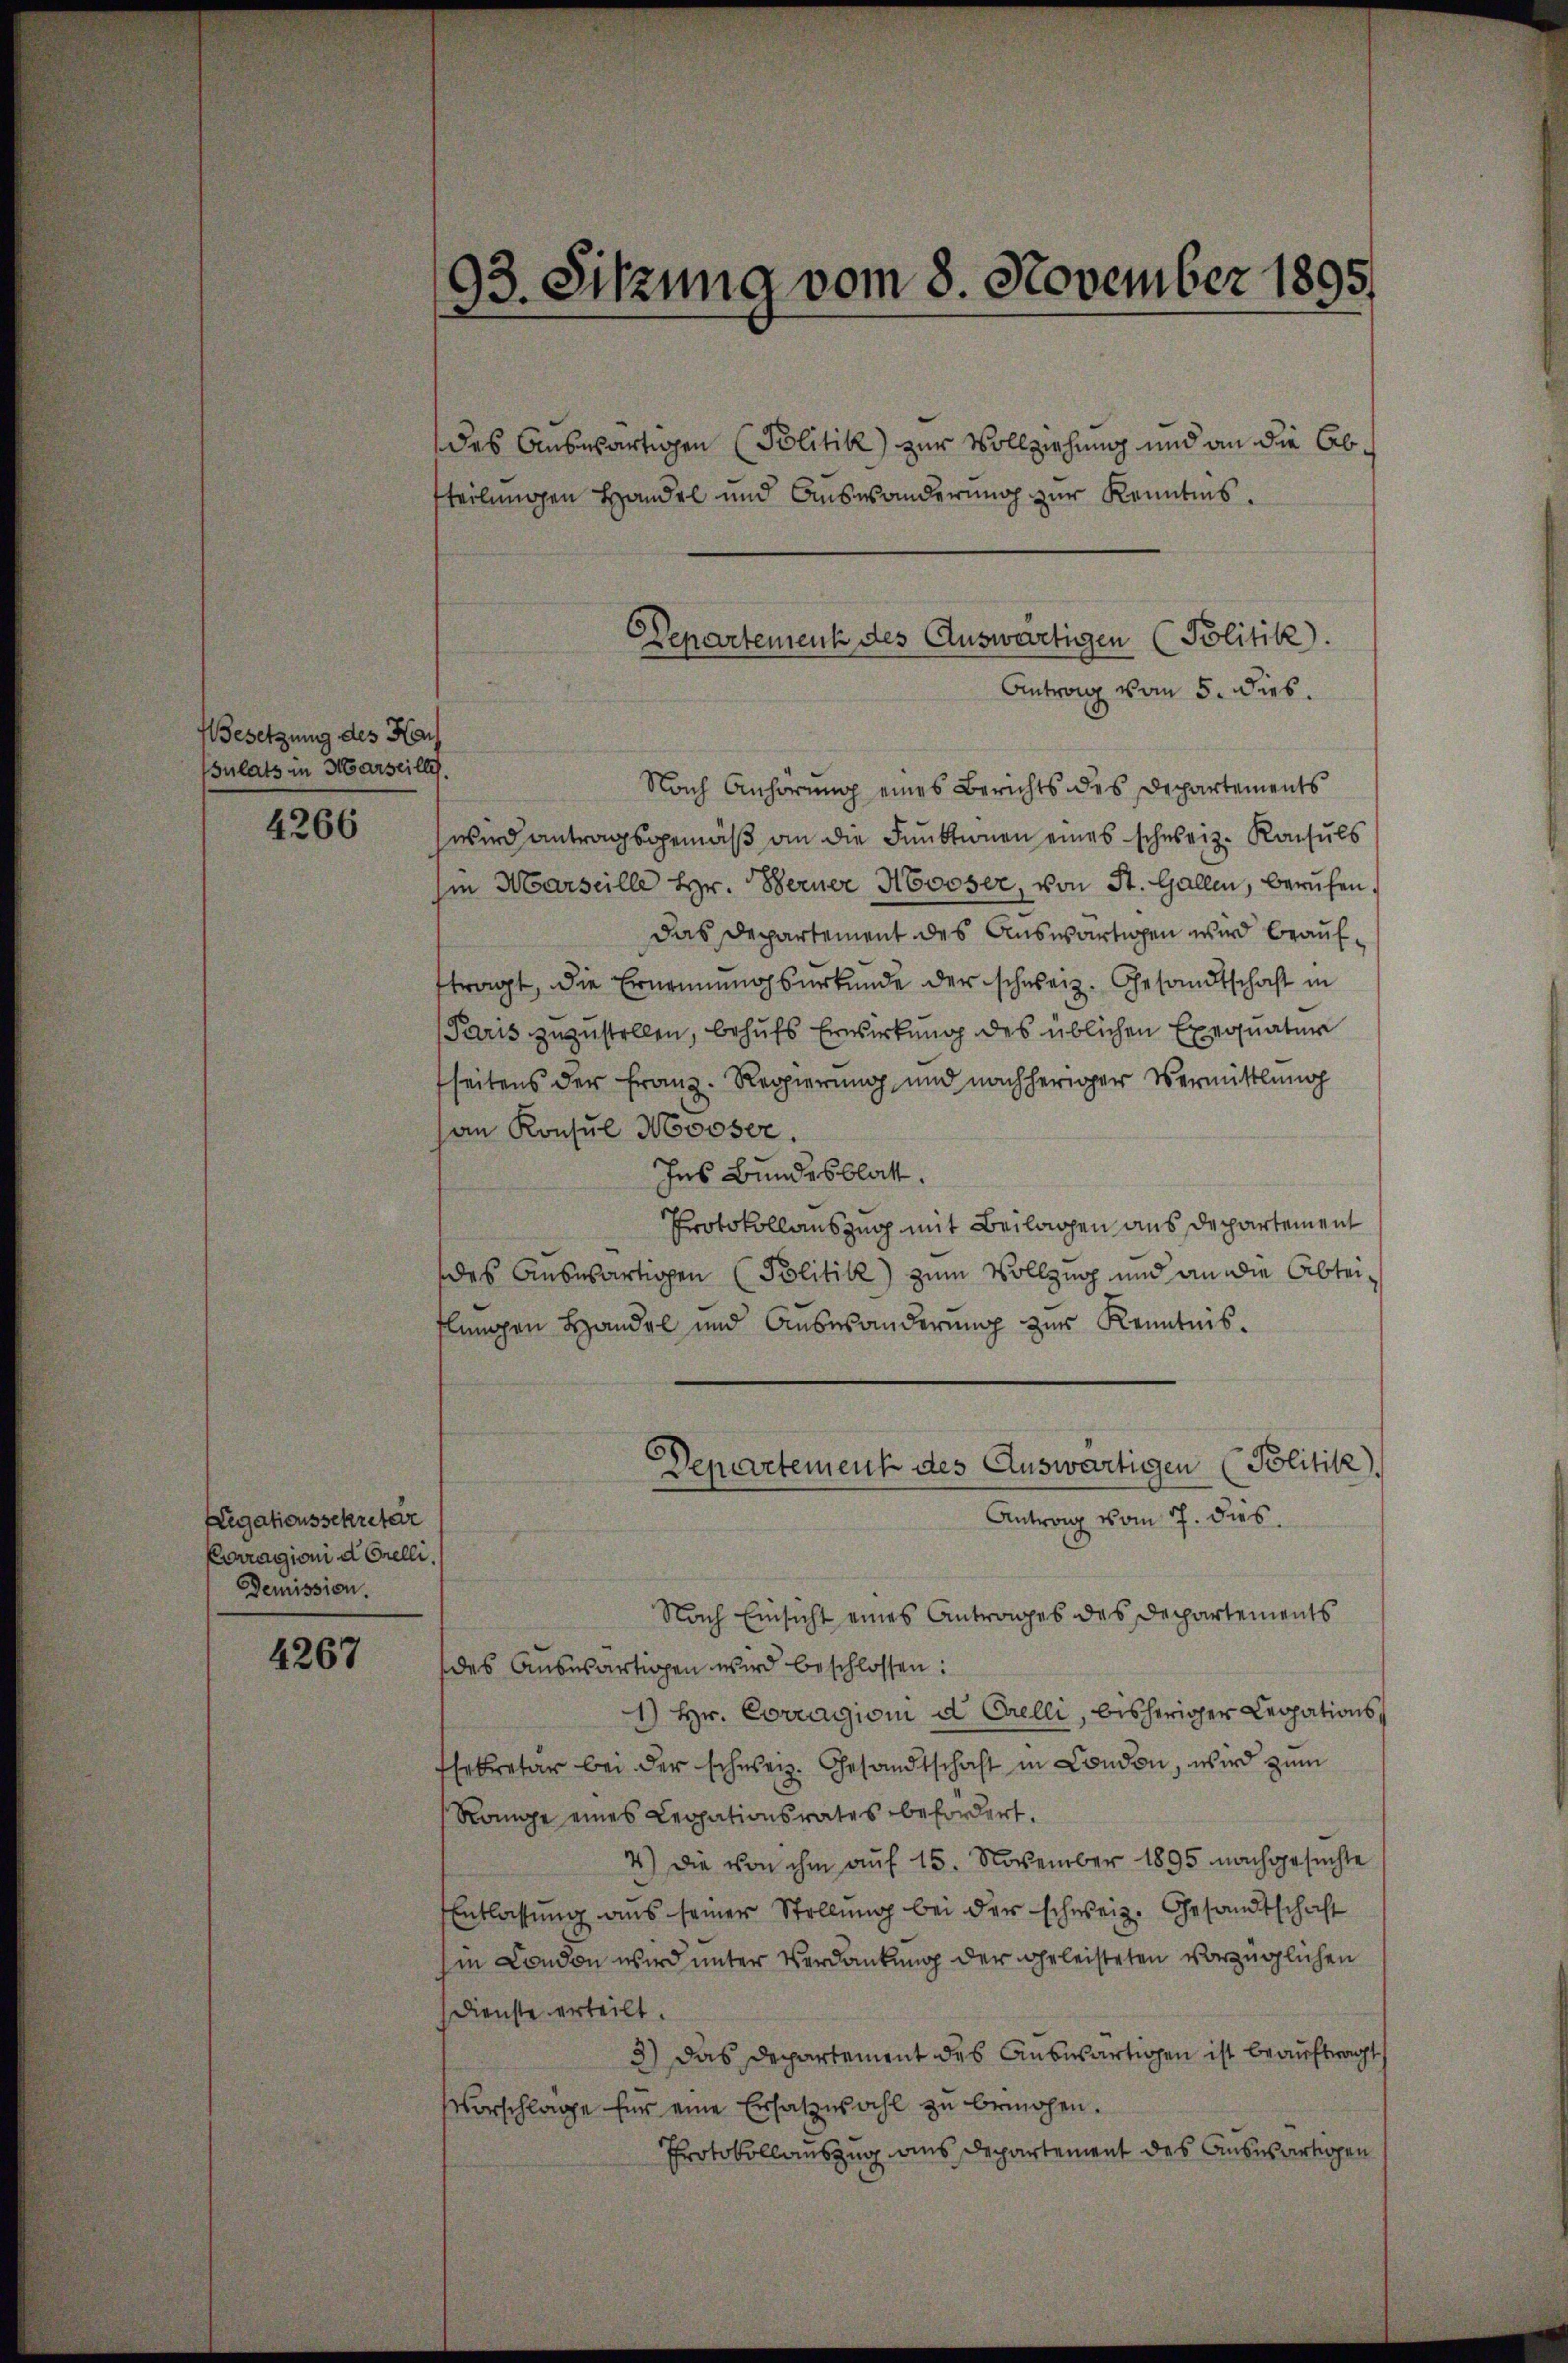
Besetzung des Hau
sulats in Marseille.

4266

Legationssekreter
Carragioni d. Grelli.
Demission.

4267

das Auswärtigen Politik) zur Vollziehung und an die Abtteilungen Handel und Auswanderung zur Kenntnis.
Antrag vom 5. Dieb.
Nach Anhörung eines Berichts des Departements
wird antragsgemäß an die Funktionen eines schweiz. Konsuls
ii Marseille Hr. Berner Mooser, von St. Gallen, berufen.
das Departement des Auswärtigen wird beaufftragt, die Ernennungsurkunde der schweiz. Gesandtschaft in
Paris zuzustellen, behufs Erwirkung des üblichen Exequatur
seitens der Franz. Regierung, und nachheriger Vermittlung
an Konsul Mooser.
Ins Bundesblatt.
Protokollauszug mit Beilagen aus Departement
des Auswärtigen (Politik) zum Vollzug und an die Abteiflungen Handel und Auswanderung zur Kenntnis.
Departement des Auswärtigen (Politik).
Antrag vom 7. dies
Nach Einsicht eines Antrages des Departements
des Auswärtigen wird beschlossen:
1) Hr. Corragioni d. Orelli, bisheriger Legations¬
Eekretär bei der schweiz. Gesandtschaft in Condon, wird zum
Range eines Legationsrates befordert.
4.) Die von ihm auf 15. November 1895 nachgesuchte
Entlassung aus seiner Stellung bei der schweiz. Gesandtschaft
in London wird unter Verdankung der geleisteten vorzüglichen
Dienste erteilt.
3) Das Departement des Auswärtigen ist beauftragt,
Vorschläge für eine Ersatzwahl zu bewogen.
Protokollauszug aus Departement des Auswärtigen

93. Sitzung vom 8. November 1895.

Departement des Auswärtigen (Politik.